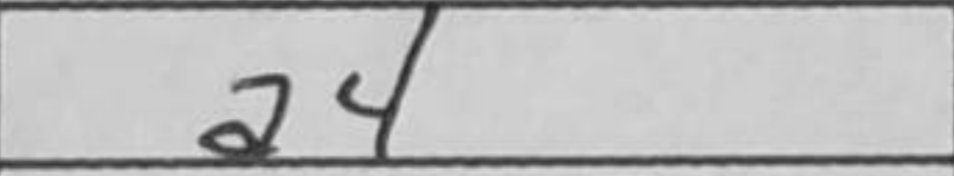
Transcription: a4